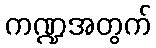
ကဏ္ဍအတွက်